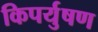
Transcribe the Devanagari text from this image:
किपर्युषण